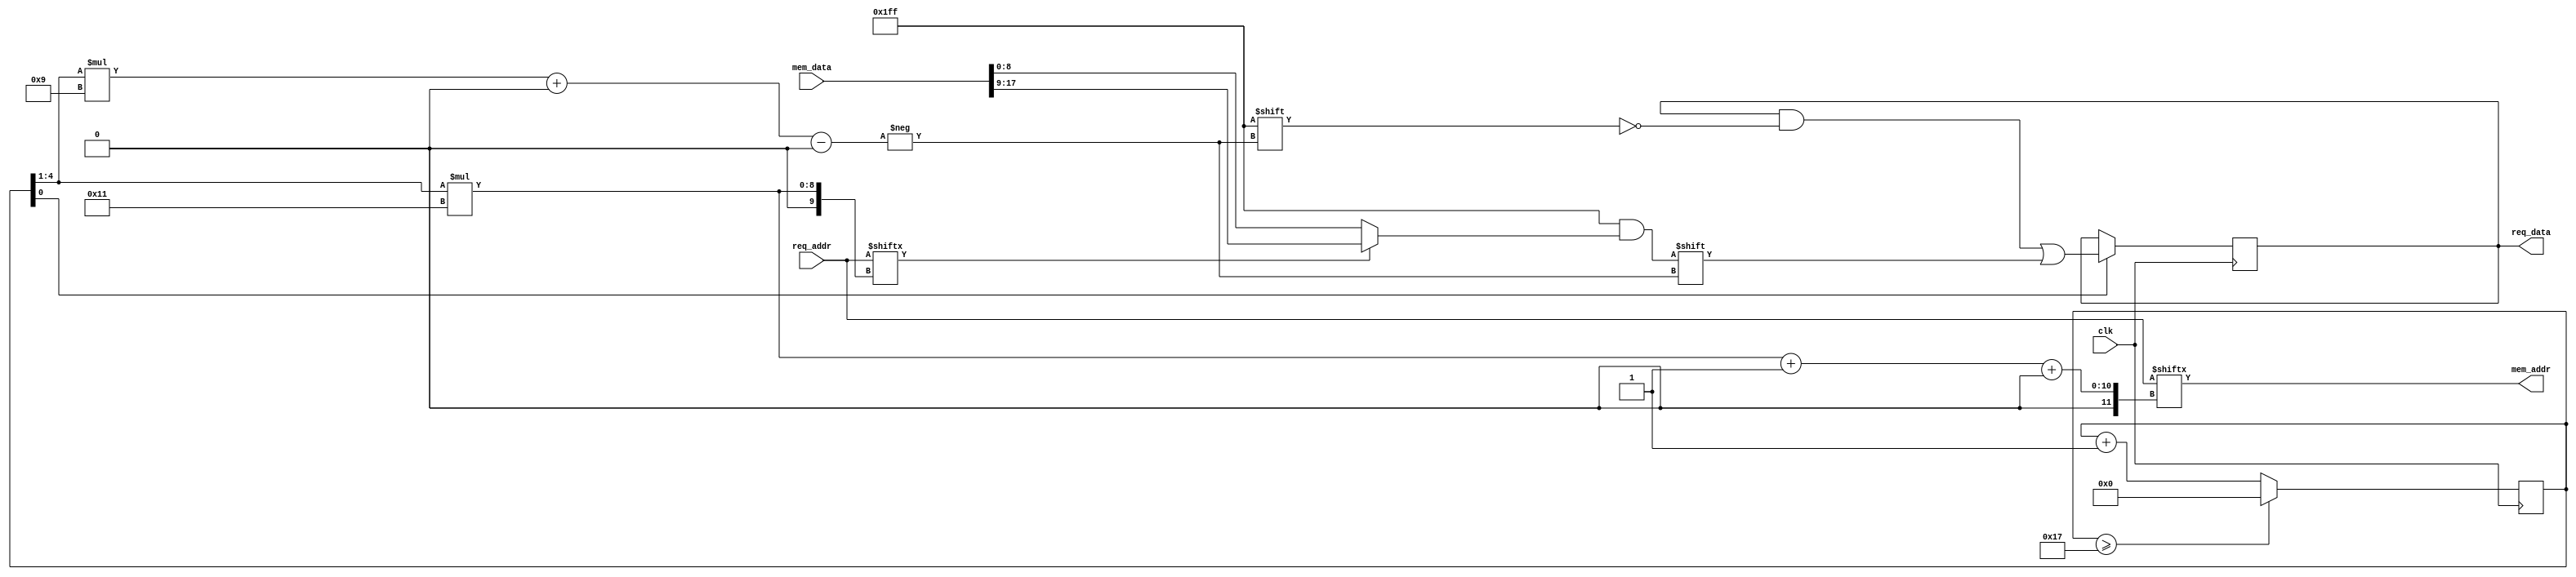
`timescale 1ns / 1ps
/////////////////////////////////////////////////
// OSC1 - LITE
// Version 1.0.0
// Yoon's Lab - U of M
/////////////////////////////////////////////////

// Time Division Multiplexer for memory read
// Collects read request from 12 channels, and update the result in no more than 24 clock cycles

module memory_read_tdm(
    input wire clk,
    
    output wire [15:0] mem_addr,
    input wire [17:0] mem_data,
    
	input wire [203:0] req_addr,
	output reg[107:0] req_data
);
    reg [4:0] counter;
    
    assign mem_addr = req_addr[(counter[4:1]*17+1) +: 16];
    
    always @(negedge clk) begin
        if (counter >= 23) begin
            counter <= 0;
        end else begin
            counter <= counter  + 1;
        end
        if (counter[0]) begin
            req_data[counter[4:1] * 9 +: 9] <= req_addr[counter[4:1]*17] ? mem_data[17:9] : mem_data[8:0];
        end
    end
endmodule